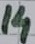
Text: 14